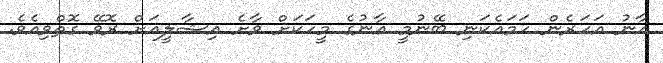
އާނު އަހަރެން ހަމައެކަނި ބޭނުމީ އާނުގެ މީހަކަށް ވާށެ އިޝާލީއަށް ރޮވޭ ގޮތްވިއެވެ.